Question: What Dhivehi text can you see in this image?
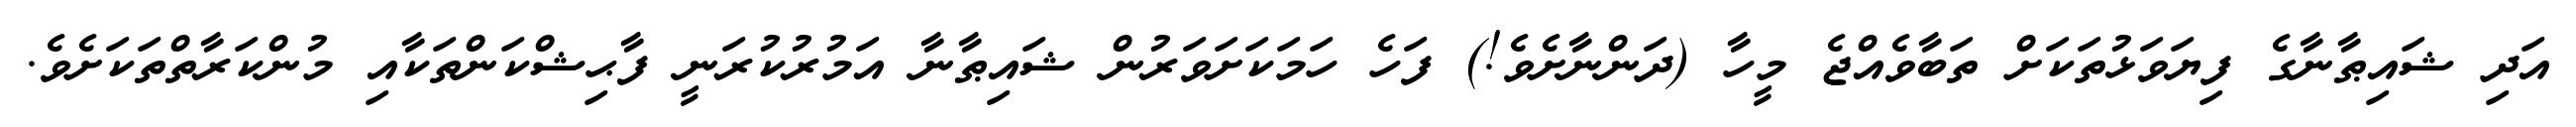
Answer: އަދި ޝައިޠާނާގެ ފިޔަވަޅުތަކަށް ތަބާވެއްޖެ މީހާ (ދަންނާށެވެ!) ފަހެ ހަމަކަށަވަރުން ޝައިޠާނާ އަމުރުކުރަނީ ފާޙިޝްކަންތަކާއި މުންކަރާތްތަކަށެވެ.